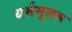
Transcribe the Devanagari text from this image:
धर्ममूलम